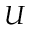
U